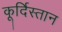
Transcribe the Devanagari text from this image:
कूर्दिस्तान